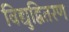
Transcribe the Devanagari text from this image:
विद्युद्वितरण